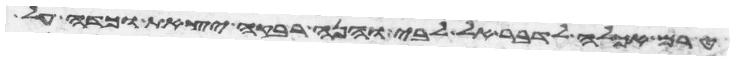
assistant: טרם אכלה לדבר אל לבי והנה רבקה יצאת וכדה על